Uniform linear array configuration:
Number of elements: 8
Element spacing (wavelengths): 0.25
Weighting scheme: hamming
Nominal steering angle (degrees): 30
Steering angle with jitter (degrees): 31.548
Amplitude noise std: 0.05
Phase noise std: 0.05

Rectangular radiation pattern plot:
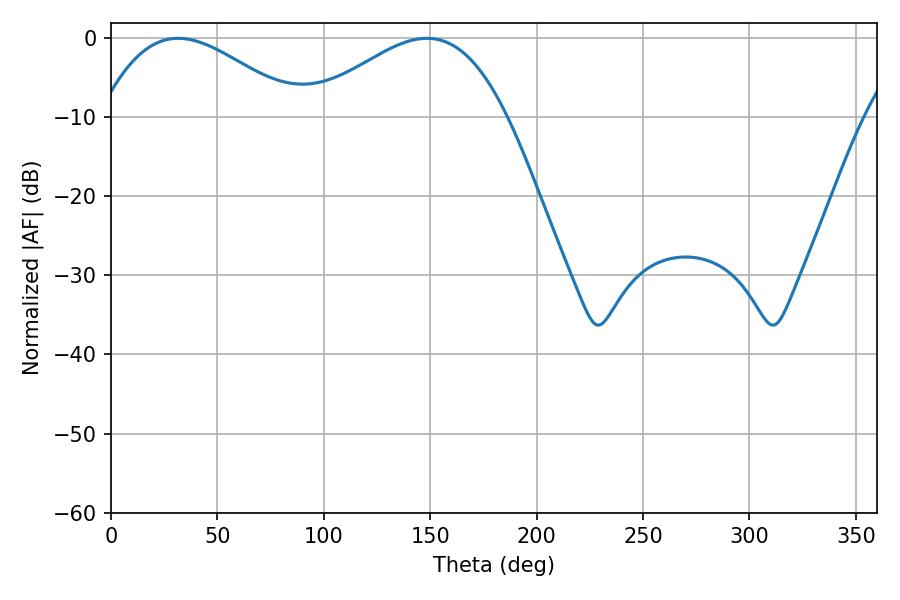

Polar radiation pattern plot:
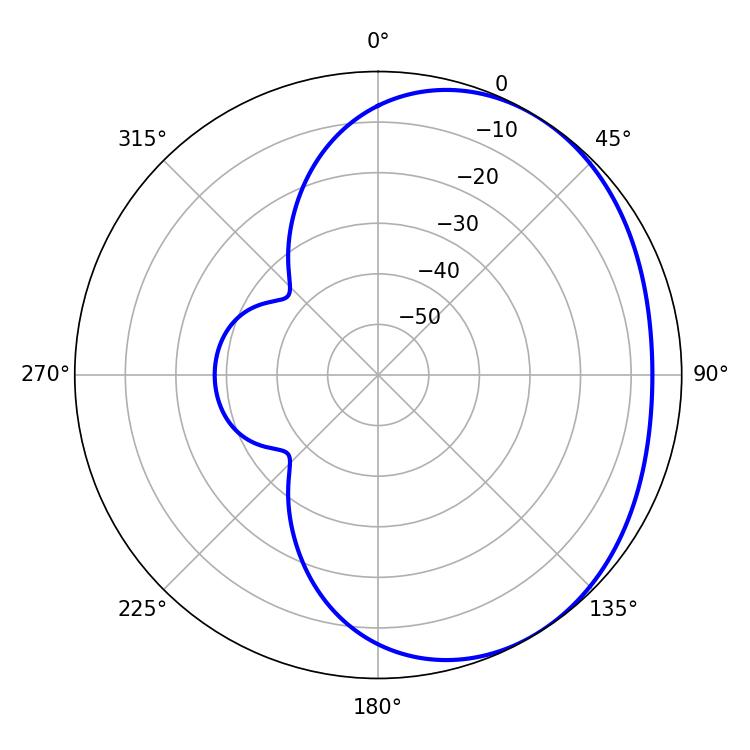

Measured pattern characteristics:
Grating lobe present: FALSE
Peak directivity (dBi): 2.541
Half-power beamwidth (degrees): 50.58
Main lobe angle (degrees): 31.5